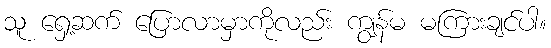
သူ ရှေ့ဆက် ပြောလာမှာကိုလည်း ကျွန်မ မကြားချင်ပါ။